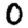
Digit: 0